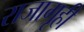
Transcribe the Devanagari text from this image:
राजागृही